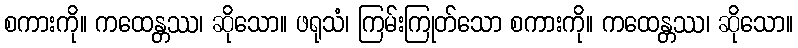
စကားကို။ ကထေန္တဿ၊ ဆိုသော။ ဖရုသံ၊ ကြမ်းကြုတ်သော စကားကို။ ကထေန္တဿ၊ ဆိုသော။